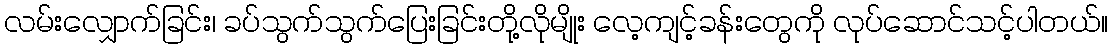
လမ်းလျှောက်ခြင်း၊ ခပ်သွက်သွက်ပြေးခြင်းတို့လိုမျိုး လေ့ကျင့်ခန်းတွေကို လုပ်ဆောင်သင့်ပါတယ်။